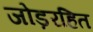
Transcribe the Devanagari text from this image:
जोड़रहित